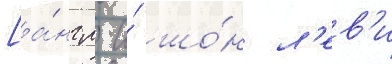
[а́нгл. и́ шо́н л'ев'и